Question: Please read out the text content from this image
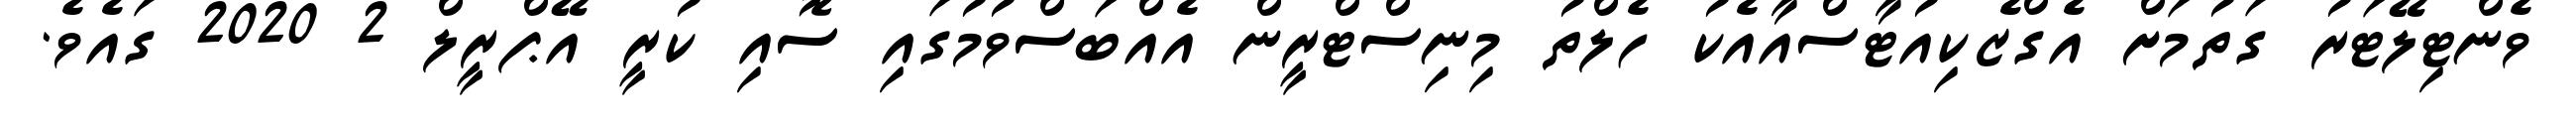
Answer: ވެންޓިލޭޓަރު ގަތުމަށް އެގްޒެކިއުޓާސްއާއެކު ހެލްތު މިނިސްޓްރީން އެއްބަސްވުމުގައި ސޮއި ކުރީ އޭޕްރީލް 2 2020 ގައެވެ.